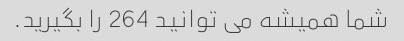
شما همیشه می توانید 264 را بگیرید.